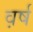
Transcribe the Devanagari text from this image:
व़र्ष